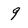
Character: 9